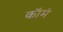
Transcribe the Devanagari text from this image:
कॉमं